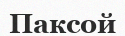
Паксой